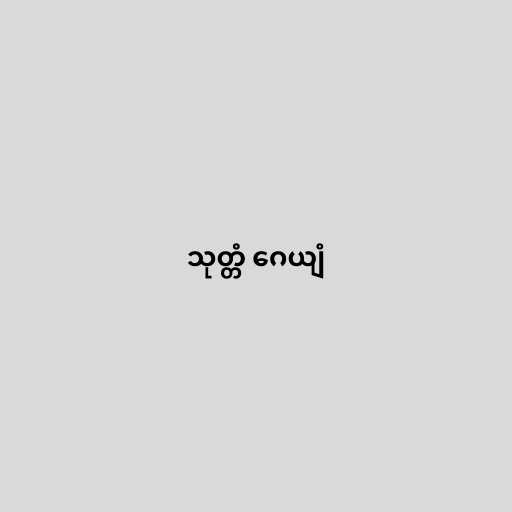
သုတ္တံ ဂေယျံ